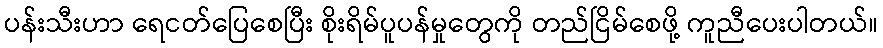
ပန်းသီးဟာ ရေငတ်ပြေစေပြီး စိုးရိမ်ပူပန်မှုတွေကို တည်ငြိမ်စေဖို့ ကူညီပေးပါတယ်။